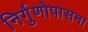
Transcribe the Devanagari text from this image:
निर्गुणोपासना